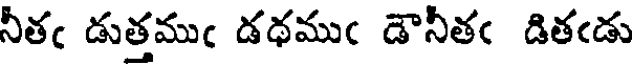
నీతఁ డుత్తముఁ డథముఁ డౌనీతఁ డితఁడు